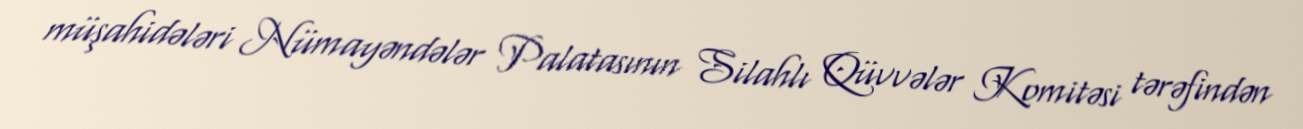
müşahidələri Nümayəndələr Palatasının Silahlı Qüvvələr Komitəsi tərəfindən